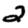
Digit: 2